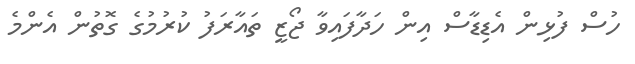
ހުސް ފުޅިން އެޑިޑާސް އިން ހަދާފައިވާ ޖޯޒީ ތައާރަފު ކުރުމުގެ ގޮތުން އެންމެ